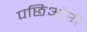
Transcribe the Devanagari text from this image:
पछिऔरी